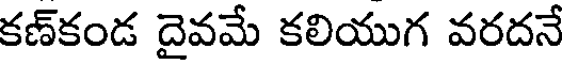
కణ్కండ దైవమే కలియుగ వరదనే